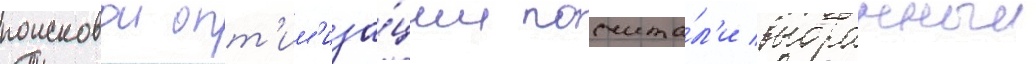
поисковои опт'им'иза́ции посчита́л'и выбранныи